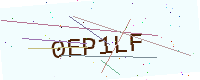
Text: 0EP1LF